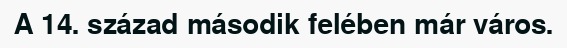
A 14. század második felében már város.